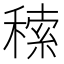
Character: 䅴